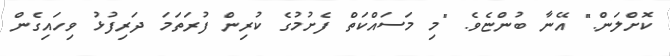
ކޮށްލަން." އޭނާ ބުންޏެވެ. "މި މަސައްކަތް ފެށުމުގެ ކުރިން ފުރަތަމަ ދަރިފުޅު ވިހައިގެން